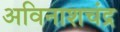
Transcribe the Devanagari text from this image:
अविनाशचंद्र